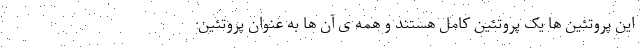
این پروتئین ها یک پروتئین کامل هستند و همه ی آن ها به عنوان پروتئین